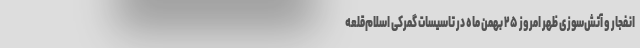
انفجار و آتش‌سوزی ظهر امروز ۲۵ بهمن ماه در تاسیسات گمرکی اسلام‌قلعه